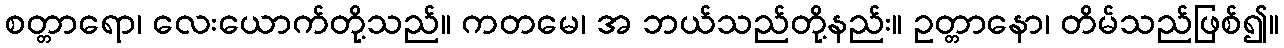
စတ္တာရော၊ လေးယောက်တို့သည်။ ကတမေ၊ အ ဘယ်သည်တို့နည်း။ ဥတ္တာနော၊ တိမ်သည်ဖြစ်၍။